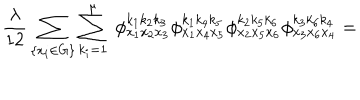
\frac { \lambda } { 1 2 } \sum _ { \{ x _ { i } \in G \} } \sum _ { k _ { i } = 1 } ^ { \mu } \; \phi _ { x _ { 1 } x _ { 2 } x _ { 3 } } ^ { k _ { 1 } k _ { 2 } k _ { 3 } } \phi _ { x _ { 1 } x _ { 4 } x _ { 5 } } ^ { k _ { 1 } k _ { 4 } k _ { 5 } } \phi _ { x _ { 2 } x _ { 5 } x _ { 6 } } ^ { k _ { 2 } k _ { 5 } k _ { 6 } } \phi _ { x _ { 3 } x _ { 6 } x _ { 4 } } ^ { k _ { 3 } k _ { 6 } k _ { 4 } } =